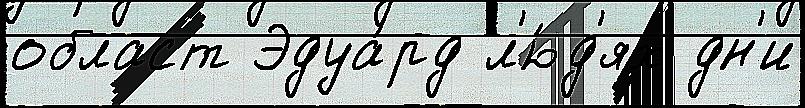
област Эдуа́рд л'ю́д'ях дн'и